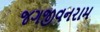
જગજીવનરામ